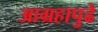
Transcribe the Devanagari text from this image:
आग्रहापुढे